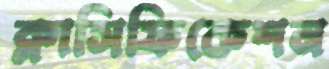
ক্লাসিফিকেশন